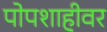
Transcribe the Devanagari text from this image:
पोपशाहीवर